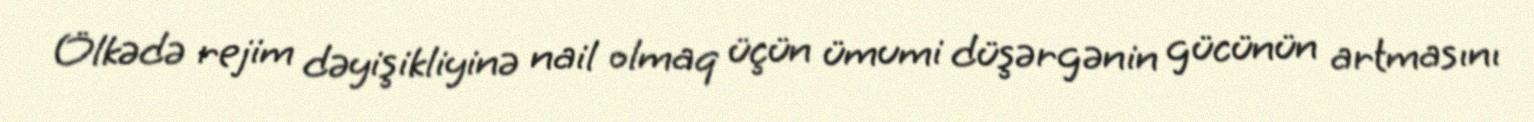
Ölkədə rejim dəyişikliyinə nail olmaq üçün ümumi düşərgənin gücünün artmasını